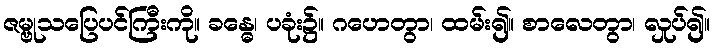
ဇမ္ဗုသပြေပင်ကြီးကို။ ခန္ဓေ၊ ပခုံး၌။ ဂဟေတွာ၊ ထမ်း၍။ စာလေတွာ၊ လှုပ်၍။